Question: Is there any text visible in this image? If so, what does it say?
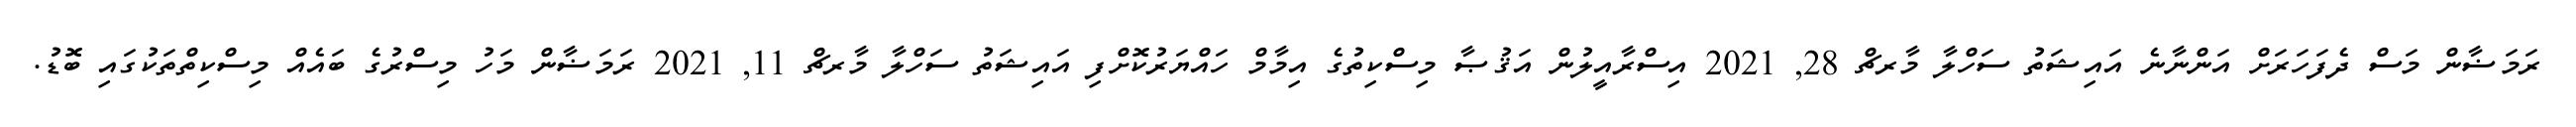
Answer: ރަމަޟާން މަސް ދެފަހަރަށް އަންނާނެ އައިޝަތު ސަހްލާ މާރޗް 28, 2021 އިސްރާއީލުން އަޤުޞާ މިސްކިތުގެ އިމާމް ހައްޔަރުކޮށްފި އައިޝަތު ސަހްލާ މާރޗް 11, 2021 ރަމަޟާން މަހު މިސްރުގެ ބައެއް މިސްކިތްތަކުގައި ބޮޑު.